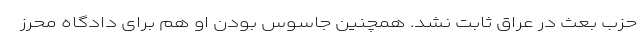
حزب بعث در عراق ثابت نشد. همچنین جاسوس بودن او هم برای دادگاه محرز